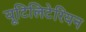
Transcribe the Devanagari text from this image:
यूटिलिटेरियन